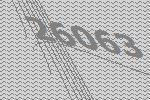
26063